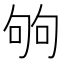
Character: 𠣪